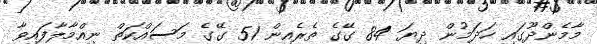
މާމެންދޫގައި ހަދަމުން ދިޔަ 84 ގޭގެ ތެރެއިން 51 ގޭގެ މަސައްކަތް ނިއްމާލާފައިވާ